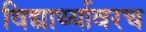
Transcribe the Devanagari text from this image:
विद्यार्थ्यावरच